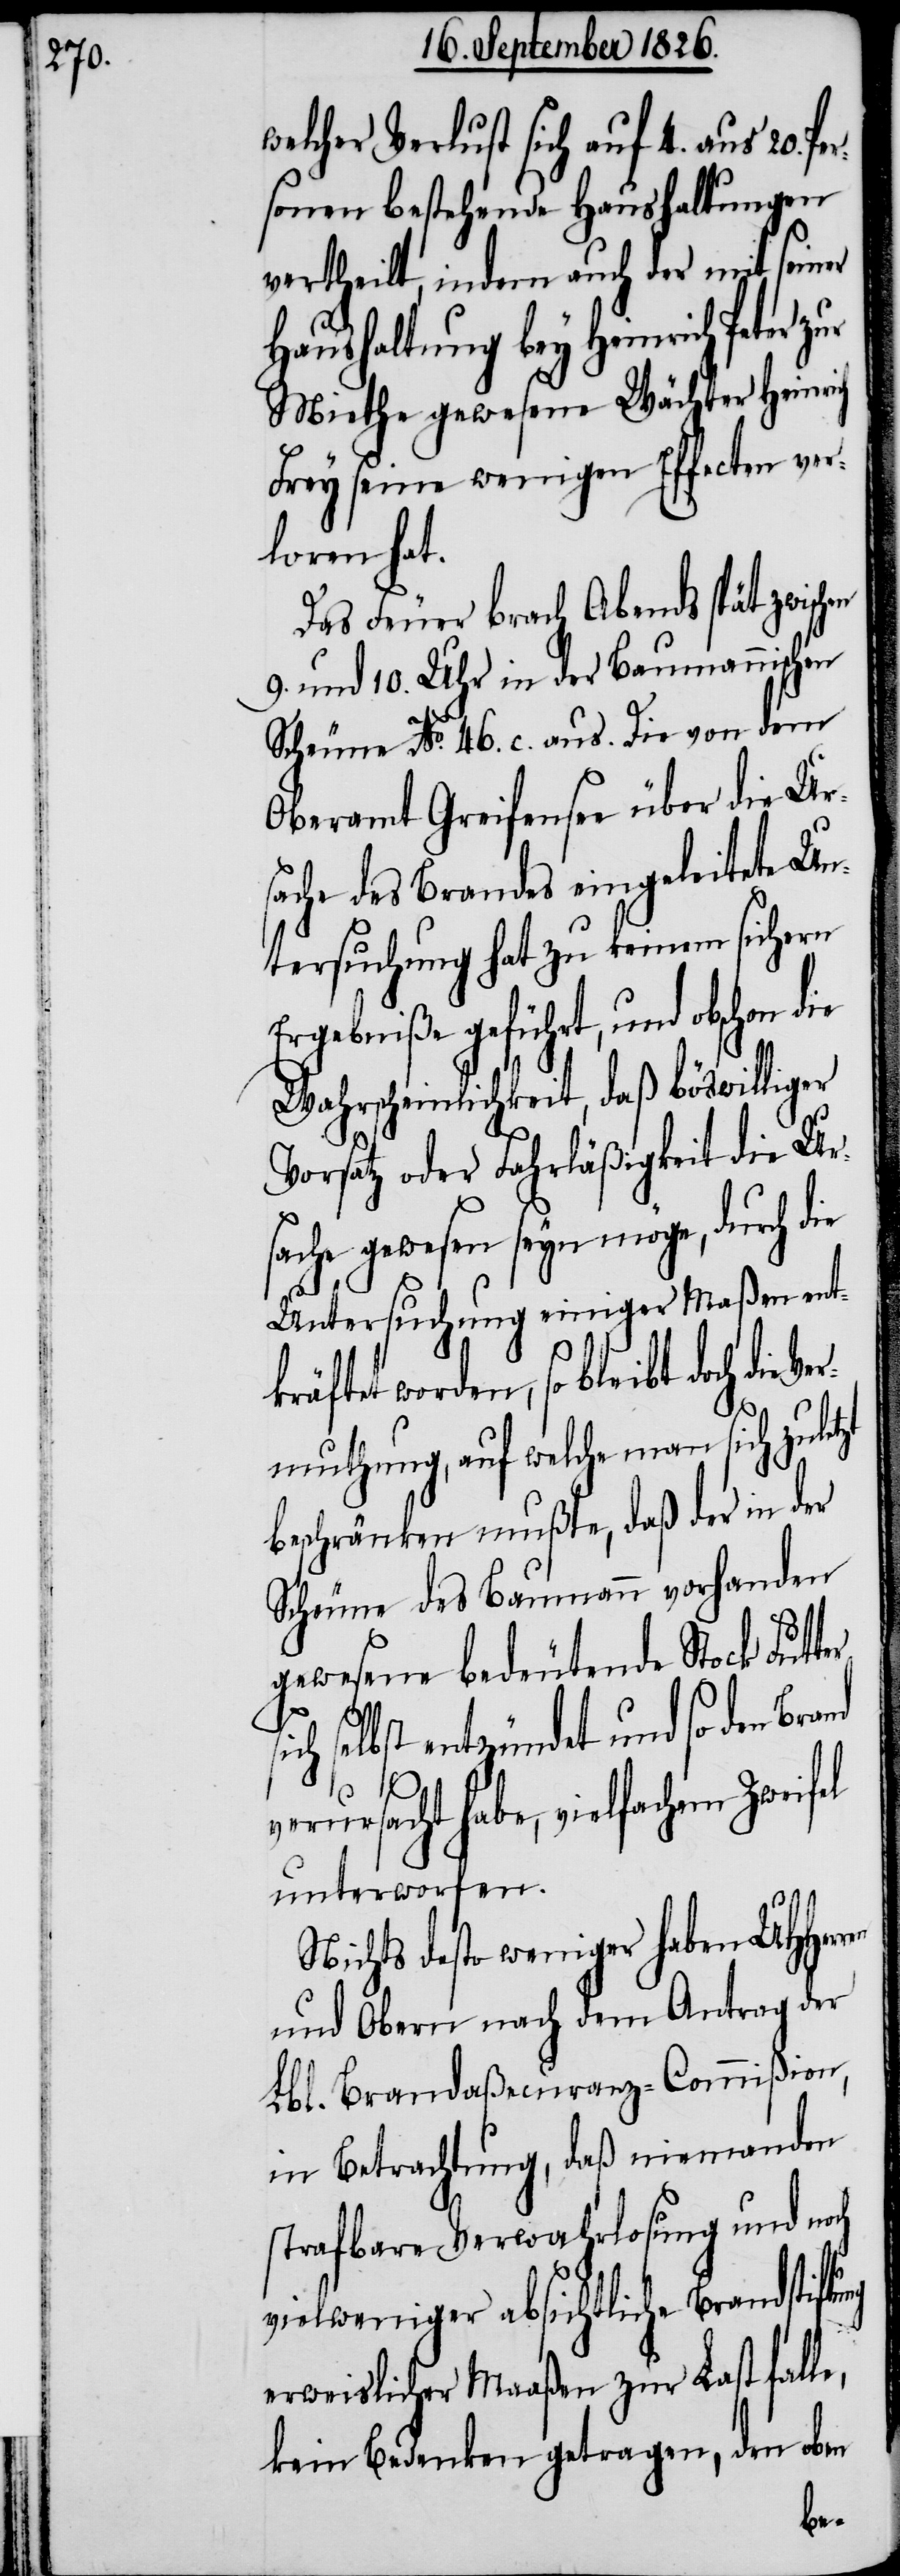
welcher Verlust sich auf 4. aus 20.
sonen bestehende Haushaltungen
vertheilt, indem auch der mit seiner
Haushaltung bey Heinrich Peter
Miethe gewesene Wächter Heinrich
Frey seine wenigen Effecten ver¬
loren hat.
Das Feuer brach Abends spät zwisc¬
9. und 10. Uhr in der Baumannischen
Scheune No. 46. c. aus. Die von dem
Oberamt Greifensee über die Ur¬
sache des Brandes eingeleitete Un¬
tersuchung hat zu keinem sichern
Ergebniße geführt, und obschon die
Wahrscheinlichkeit, daß böswilliger
Vorsatz oder Fahrläßigkeit die Ur¬
sache gewesen seyn möge, durch die
Untersuchung einiger Maßen entk¬
räftet worden, so bleibt doch die
Vermuthung, auf welche man sich zule¬
beschränken mußte, daß der in der
Scheune des Baumann vorhanden
gewesene bedeutende Stock Futt¬
ch selbst entzündet und so den
ung
verursacht habe, vielfachem Zweifel
unterworfen.
Nichts desto weniger haben MHHer¬
und Obern nach dem Antrag der
Lbl. Brandaßecuranz-Commißion,
in Betrachtung, daß niemanden
strafbare Verwahrlosung und noch
viel weniger absichtliche Brandstift¬
erweislicher Maaßen zur Last falle,
kein Bedenken getragen, den oben
ren